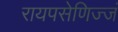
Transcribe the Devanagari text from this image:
रायपसेणिज्जं